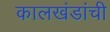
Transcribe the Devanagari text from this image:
कालखंडांची